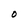
Character: O